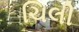
ચિલી